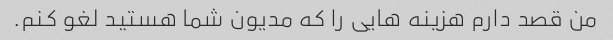
من قصد دارم هزینه هایی را که مدیون شما هستید لغو کنم.